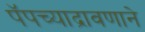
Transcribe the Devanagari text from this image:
पॅपच्याद्रावणाने